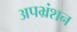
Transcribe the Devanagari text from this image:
अपभ्रंशन